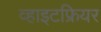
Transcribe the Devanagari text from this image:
व्हाइटफ्रियर